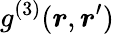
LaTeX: g^{(3)}(\boldsymbol{r},\boldsymbol{r}^{\prime})